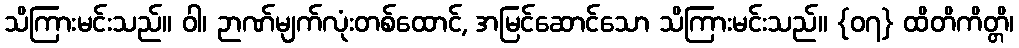
သိကြားမင်းသည်။ ဝါ၊ ဉာဏ်မျက်လုံးတစ်ထောင်, အမြင်ဆောင်သော သိကြားမင်းသည်။ {၀၇} ထိတိကိတ္တိ၊